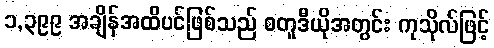
၁,၃၉၉ အချိန်အထိပင်ဖြစ်သည် စတူဒီယိုအတွင်း ကုသိုလ်ဖြင့်